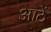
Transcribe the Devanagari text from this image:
आठें